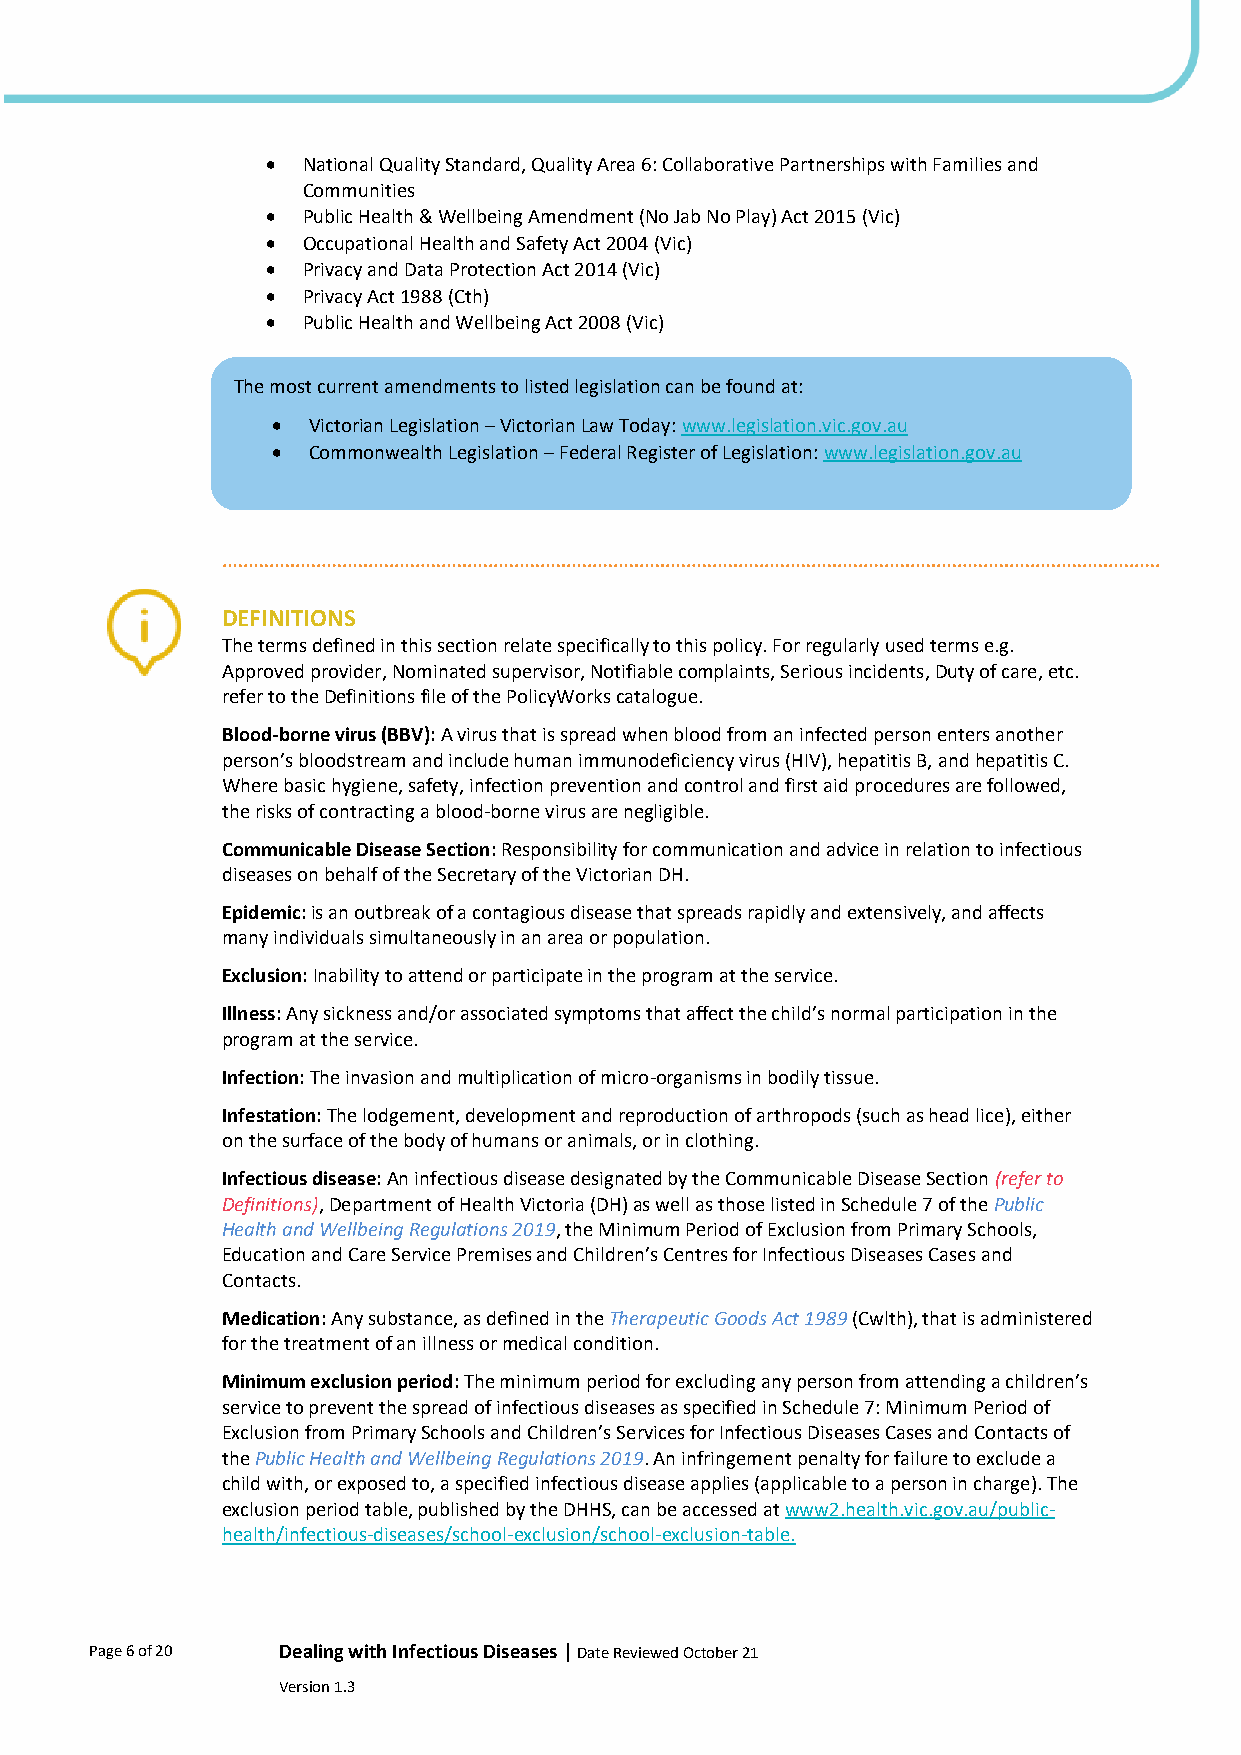
• National Quality Standard, Quality Area 6: Collaborative Partnerships with Families and
 Communities
 • Public Health & Wellbeing Amendment (No Jab No Play) Act 2015 (Vic)
 • Occupational Health and Safety Act 2004 (Vic)
 • Privacy and Data Protection Act 2014 (Vic)
 • Privacy Act 1988 (Cth)
 • Public Health and Wellbeing Act 2008 (Vic)
 The most current amendments to listed legislation can be found at:
 • Victorian Legislation – Victorian Law Today: www.legislation.vic.gov.au
 • Commonwealth Legislation – Federal Register of Legislation: www.legislation.gov.au
 DEFINITIONS
 The terms defined in this section relate specifically to this policy. For regularly used terms e.g.
 Approved provider, Nominated supervisor, Notifiable complaints, Serious incidents, Duty of care, etc.
 refer to the Definitions file of the PolicyWorks catalogue.
 Blood-borne virus (BBV): A virus that is spread when blood from an infected person enters another
 person’s bloodstream and include human immunodeficiency virus (HIV), hepatitis B, and hepatitis C.
 Where basic hygiene, safety, infection prevention and control and first aid procedures are followed,
 the risks of contracting a blood-borne virus are negligible.
 Communicable Disease Section: Responsibility for communication and advice in relation to infectious
 diseases on behalf of the Secretary of the Victorian DH.
 Epidemic: is an outbreak of a contagious disease that spreads rapidly and extensively, and affects
 many individuals simultaneously in an area or population.
 Exclusion: Inability to attend or participate in the program at the service.
 Illness: Any sickness and/or associated symptoms that affect the child’s normal participation in the
 program at the service.
 Infection: The invasion and multiplication of micro-organisms in bodily tissue.
 Infestation: The lodgement, development and reproduction of arthropods (such as head lice), either
 on the surface of the body of humans or animals, or in clothing.
 Infectious disease: An infectious disease designated by the Communicable Disease Section (refer to
 Definitions), Department of Health Victoria (DH) as well as those listed in Schedule 7 of the Public
 Health and Wellbeing Regulations 2019, the Minimum Period of Exclusion from Primary Schools,
 Education and Care Service Premises and Children’s Centres for Infectious Diseases Cases and
 Contacts.
 Medication: Any substance, as defined in the Therapeutic Goods Act 1989 (Cwlth), that is administered
 for the treatment of an illness or medical condition.
 Minimum exclusion period: The minimum period for excluding any person from attending a children’s
 service to prevent the spread of infectious diseases as specified in Schedule 7: Minimum Period of
 Exclusion from Primary Schools and Children’s Services for Infectious Diseases Cases and Contacts of
 the Public Health and Wellbeing Regulations 2019. An infringement penalty for failure to exclude a
 child with, or exposed to, a specified infectious disease applies (applicable to a person in charge). The
 exclusion period table, published by the DHHS, can be accessed at www2.health.vic.gov.au/public-
 health/infectious-diseases/school-exclusion/school-exclusion-table.
 Page 6 of 20 Dealing with Infectious Diseases | Date Reviewed October 21
 Version 1.3